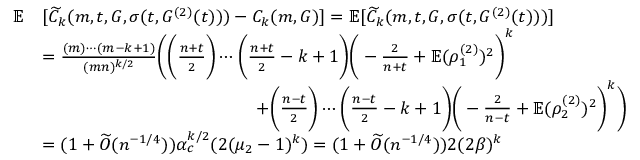
\begin{array} { r l } { \mathbb { E } } & { [ \widetilde { C } _ { k } ( m , t , G , \sigma ( t , G ^ { ( 2 ) } ( t ) ) ) - C _ { k } ( m , G ) ] = \mathbb { E } [ \widetilde { C } _ { k } ( m , t , G , \sigma ( t , G ^ { ( 2 ) } ( t ) ) ) ] } \\ & { = \frac { ( m ) \cdots ( m - k + 1 ) } { ( m n ) ^ { k / 2 } } \bigg ( \bigg ( \frac { n + t } { 2 } \bigg ) \cdots \bigg ( \frac { n + t } { 2 } - k + 1 \bigg ) \bigg ( - \frac { 2 } { n + t } + \mathbb { E } ( \rho _ { 1 } ^ { ( 2 ) } ) ^ { 2 } \bigg ) ^ { k } } \\ & { \qquad \qquad \qquad \qquad \qquad \qquad + \bigg ( \frac { n - t } { 2 } \bigg ) \cdots \bigg ( \frac { n - t } { 2 } - k + 1 \bigg ) \bigg ( - \frac { 2 } { n - t } + \mathbb { E } ( \rho _ { 2 } ^ { ( 2 ) } ) ^ { 2 } \bigg ) ^ { k } \bigg ) } \\ & { = ( 1 + \widetilde { O } ( n ^ { - 1 / 4 } ) ) \alpha _ { c } ^ { k / 2 } ( 2 ( \mu _ { 2 } - 1 ) ^ { k } ) = ( 1 + \widetilde { O } ( n ^ { - 1 / 4 } ) ) 2 ( 2 \beta ) ^ { k } } \end{array}